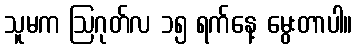
သူမက ဩဂုတ်လ ၁၅ ရက်နေ့ မွေးတာပါ။